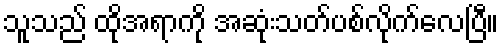
သူသည် ထိုအရာကို အဆုံးသတ်ပစ်လိုက်လေပြီ။